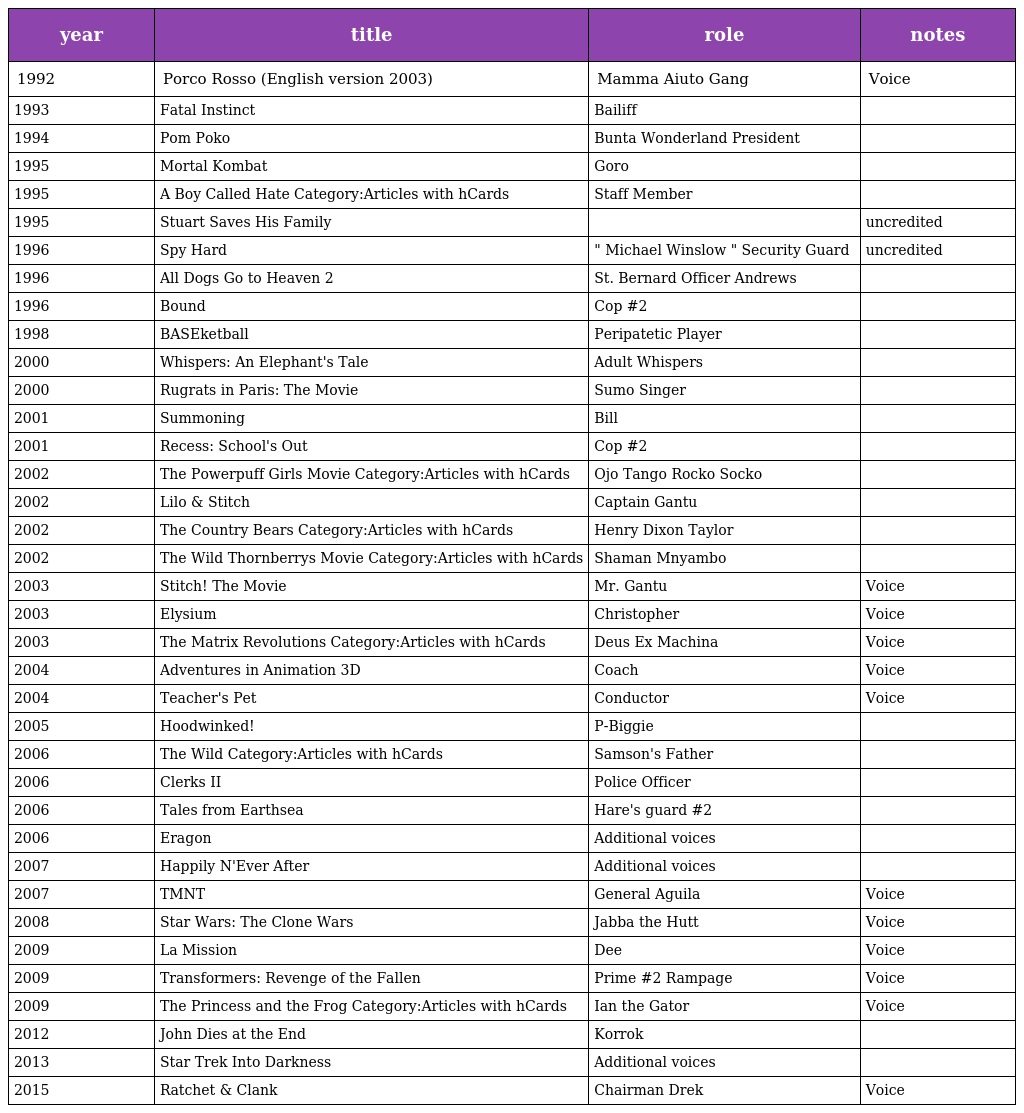
| year | title | role | notes |
 | --- | --- | --- | --- |
 | 1992 | Porco Rosso (English version 2003) | Mamma Aiuto Gang | Voice |
 | 1993 | Fatal Instinct | Bailiff |  |
 | 1994 | Pom Poko | Bunta Wonderland President |  |
 | 1995 | Mortal Kombat | Goro |  |
 | 1995 | A Boy Called Hate Category:Articles with hCards | Staff Member |  |
 | 1995 | Stuart Saves His Family |  | uncredited |
 | 1996 | Spy Hard | " Michael Winslow " Security Guard | uncredited |
 | 1996 | All Dogs Go to Heaven 2 | St. Bernard Officer Andrews |  |
 | 1996 | Bound | Cop #2 |  |
 | 1998 | BASEketball | Peripatetic Player |  |
 | 2000 | Whispers: An Elephant's Tale | Adult Whispers |  |
 | 2000 | Rugrats in Paris: The Movie | Sumo Singer |  |
 | 2001 | Summoning | Bill |  |
 | 2001 | Recess: School's Out | Cop #2 |  |
 | 2002 | The Powerpuff Girls Movie Category:Articles with hCards | Ojo Tango Rocko Socko |  |
 | 2002 | Lilo & Stitch | Captain Gantu |  |
 | 2002 | The Country Bears Category:Articles with hCards | Henry Dixon Taylor |  |
 | 2002 | The Wild Thornberrys Movie Category:Articles with hCards | Shaman Mnyambo |  |
 | 2003 | Stitch! The Movie | Mr. Gantu | Voice |
 | 2003 | Elysium | Christopher | Voice |
 | 2003 | The Matrix Revolutions Category:Articles with hCards | Deus Ex Machina | Voice |
 | 2004 | Adventures in Animation 3D | Coach | Voice |
 | 2004 | Teacher's Pet | Conductor | Voice |
 | 2005 | Hoodwinked! | P-Biggie |  |
 | 2006 | The Wild Category:Articles with hCards | Samson's Father |  |
 | 2006 | Clerks II | Police Officer |  |
 | 2006 | Tales from Earthsea | Hare's guard #2 |  |
 | 2006 | Eragon | Additional voices |  |
 | 2007 | Happily N'Ever After | Additional voices |  |
 | 2007 | TMNT | General Aguila | Voice |
 | 2008 | Star Wars: The Clone Wars | Jabba the Hutt | Voice |
 | 2009 | La Mission | Dee | Voice |
 | 2009 | Transformers: Revenge of the Fallen | Prime #2 Rampage | Voice |
 | 2009 | The Princess and the Frog Category:Articles with hCards | Ian the Gator | Voice |
 | 2012 | John Dies at the End | Korrok |  |
 | 2013 | Star Trek Into Darkness | Additional voices |  |
 | 2015 | Ratchet & Clank | Chairman Drek | Voice |